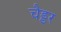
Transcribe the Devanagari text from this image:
चैड्डर